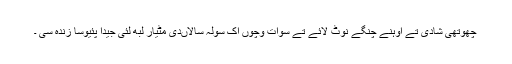
چھوتھی شادی تے اوہنے چنگے نوٹ لائے تے سوات وچوں اک سولہ سالاںدی مٹیار لبھ لئی جیدا پئیوسا زندہ سی ۔